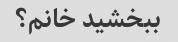
ببخشید خانم؟